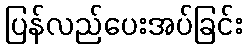
ပြန်လည်ပေးအပ်ခြင်း